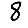
Digit: 8